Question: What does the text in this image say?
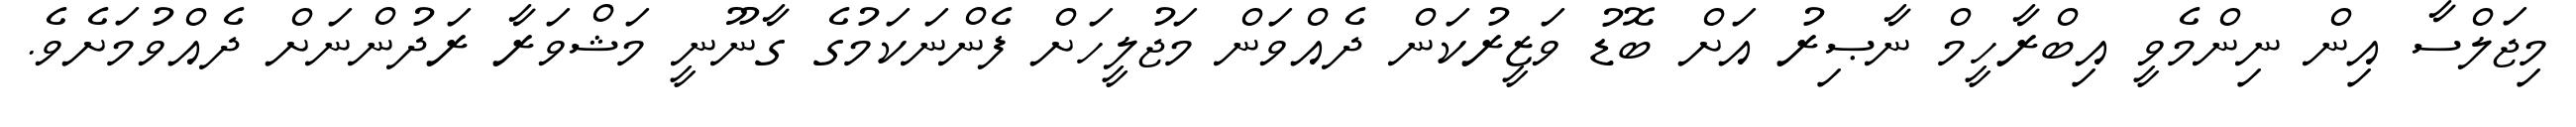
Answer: މިޖަލްސާ އިން ނިންމެވީ އިބްރާހީމް ނާޞިރު އަށް ބޮޑު ވަޒީރުކަން ދެއްވަން މަޖުލީހަށް ފެންނަކަމުގެ ގާނޫނީ މަޝްވަރާ ރަދުންނަށް ދެއްވުމަށެވެ.